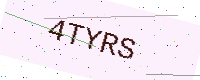
Text: 4TYRS